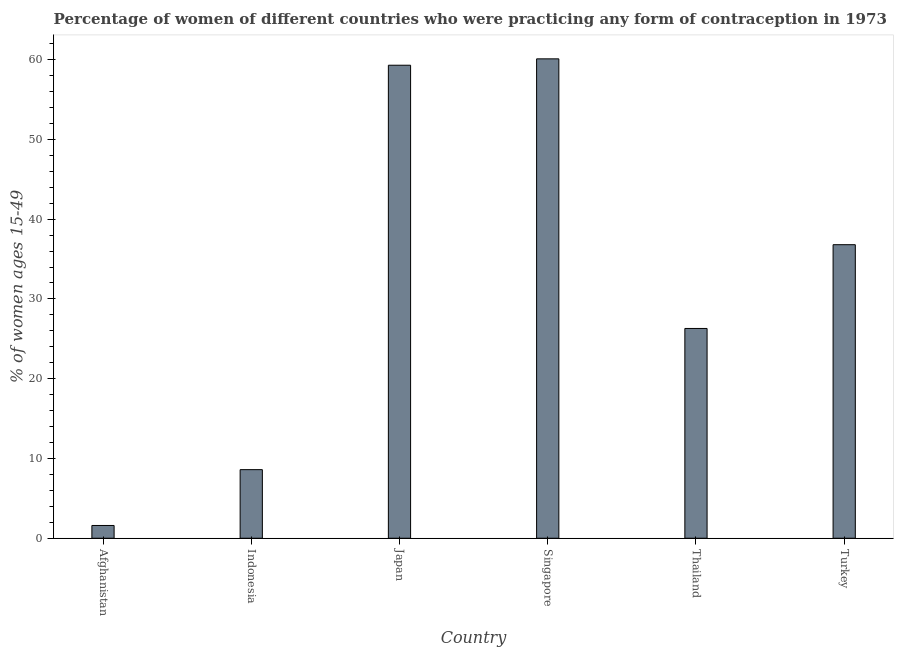
| Country | Contraceptive prevalence |
 | --- | --- |
 | Afghanistan | 1.6 |
 | Indonesia | 8.6 |
 | Japan | 59.3 |
 | Singapore | 60.1 |
 | Thailand | 26.3 |
 | Turkey | 36.8 |